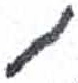
אות: י